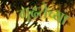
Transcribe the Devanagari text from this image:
गूढतेच्या